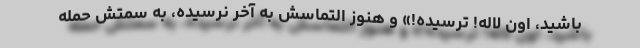
باشید، اون لاله! ترسیده!» و هنوز التماسش به آخر نرسیده، به سمتش حمله